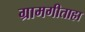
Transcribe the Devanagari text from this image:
ग्रामगीताहा